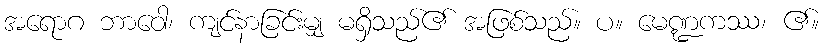
အရောဂ ဘာဝေါ၊ ကျင်နာခြင်းမျှ မရှိသည်၏ အဖြစ်သည်။ ပ။ မေဏ္ဍကဿ၊ ၏။